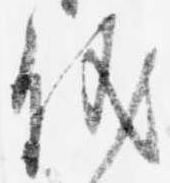
儀